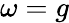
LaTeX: \omega=g